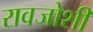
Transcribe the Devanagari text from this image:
रावजोशी